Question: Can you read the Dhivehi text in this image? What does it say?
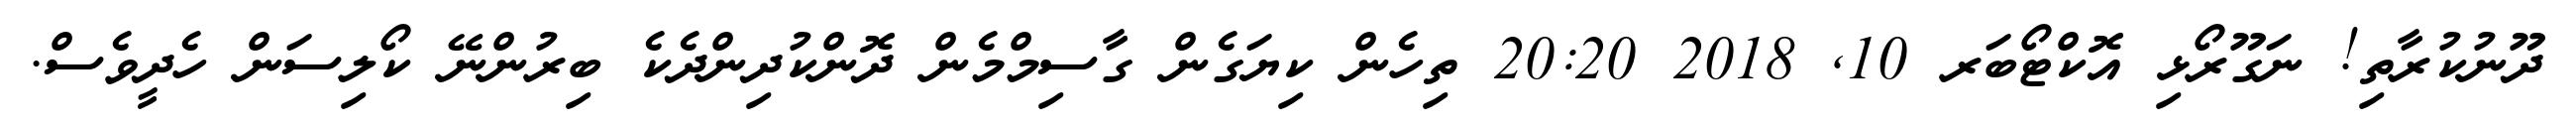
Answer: ދޫނުކުރާތި! ނަގޫރޯޅި އޮކްޓޯބަރ 10, 2018 20:20 ތިހެން ކިޔަގެން ގާސިމްމެން ދޮންކުދިންދެކެ ބިރުންނޭ ކޯލިސަން ހެދީވެސް.